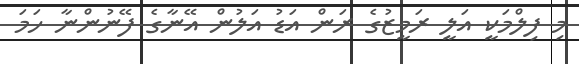
މި ފިލްމަކީ އަލީ ރަމީޒުގެ ރަން އަޑު އަލުން އޭނާގެ ފޭނުންނާ ހަމަ